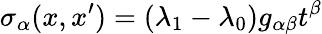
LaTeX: \sigma_{\alpha}(x,x^{\prime})=(\lambda_{1}-\lambda_{0})g_{\alpha\beta}t^{\beta}